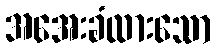
အအေးခံထားသော